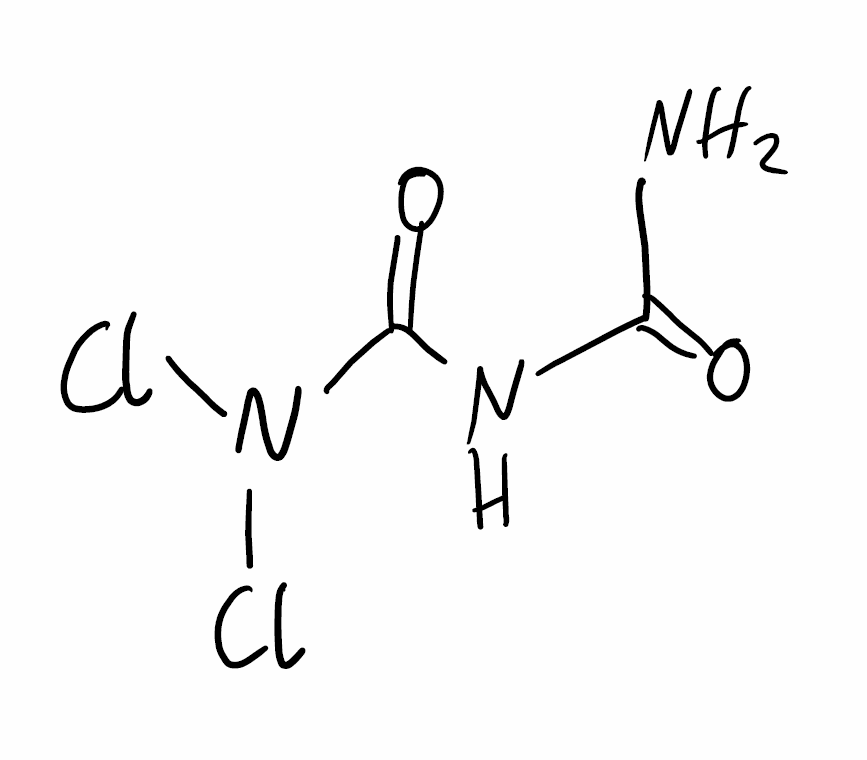
Simplified molecular-input line-entry system (SMILES) notation of the given molecule:
C(=O)(N)NC(=O)N(Cl)Cl